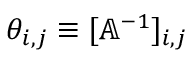
\theta _ { i , j } \equiv [ \mathbb { A } ^ { - 1 } ] _ { i , j }